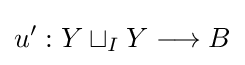
u':Y\sqcup _{I}Y\longrightarrow B